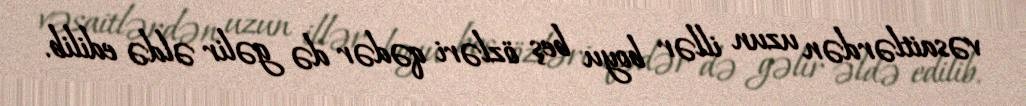
vəsaitlərdən uzun illər boyu beş özləri qədər də gəlir əldə edilib.